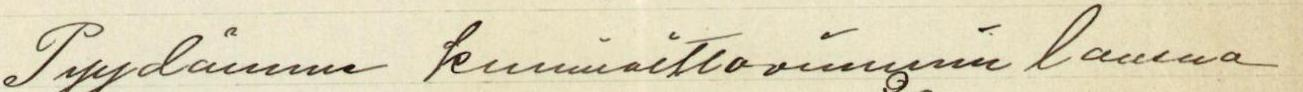
Pyydämme kunnioittavimmin lausua